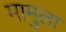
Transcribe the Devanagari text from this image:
मामुला